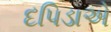
દપિડાએ